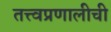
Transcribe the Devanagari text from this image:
तत्त्वप्रणालीची